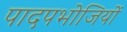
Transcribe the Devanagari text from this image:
पादपभोजियों